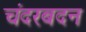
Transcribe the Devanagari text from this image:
चंदरबदन